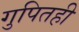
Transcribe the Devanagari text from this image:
गुपितही